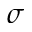
\sigma